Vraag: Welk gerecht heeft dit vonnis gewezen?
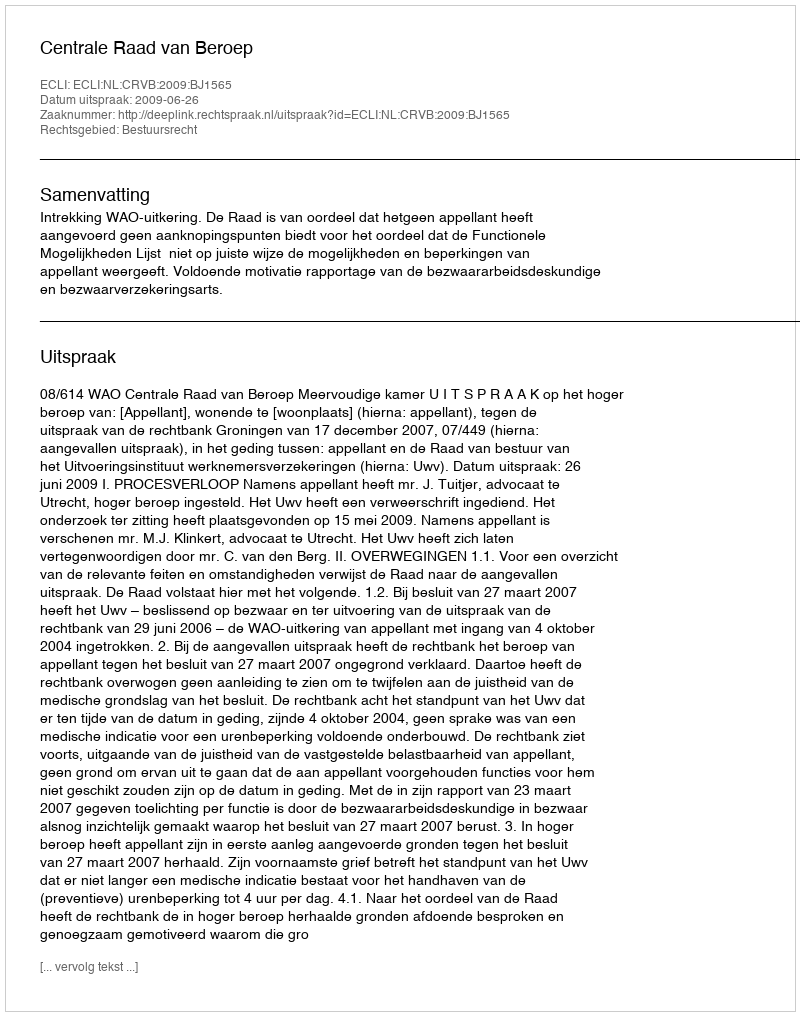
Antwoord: Centrale Raad van Beroep